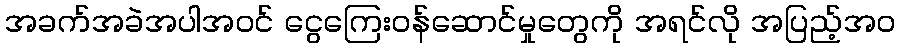
အခက်အခဲအပါအဝင် ငွေကြေးဝန်ဆောင်မှုတွေကို အရင်လို အပြည့်အဝ